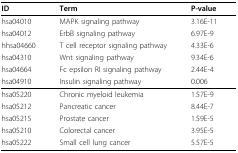
<table><thead><tr><td><b>ID</b></td><td><b>Term</b></td><td><b>P-value</b></td></tr></thead><tbody><tr><td>hsa04010</td><td>MAPK signaling pathway</td><td>3.16E-11</td></tr><tr><td>hsa04012</td><td>ErbB signaling pathway</td><td>6.97E-9</td></tr><tr><td>hhsa04660</td><td>T cell receptor signaling pathway</td><td>4.33E-6</td></tr><tr><td>hsa04310</td><td>Wnt signaling pathway</td><td>9.34E-6</td></tr><tr><td>hsa04664</td><td>Fc epsilon RI signaling pathway</td><td>2.44E-4</td></tr><tr><td>hsa04910</td><td>Insulin signaling pathway</td><td>0.006</td></tr><tr><td>hsa05220</td><td>Chronic myeloid leukemia</td><td>1.57E-9</td></tr><tr><td>hsa05212</td><td>Pancreatic cancer</td><td>8.44E-7</td></tr><tr><td>hsa05215</td><td>Prostate cancer</td><td>1.59E-5</td></tr><tr><td>hsa05210</td><td>Colorectal cancer</td><td>3.95E-5</td></tr><tr><td>hsa05222</td><td>Small cell lung cancer</td><td>5.57E-5</td></tr></tbody></table>